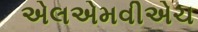
એલએમવીએચ